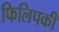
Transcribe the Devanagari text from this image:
फिलिपकी